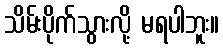
သိမ်းပိုက်သွားလို့ မရပါဘူး။